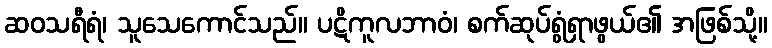
ဆဝသရီရံ၊ သူသေကောင်သည်။ ပဋိကူလဘာဝံ၊ စက်ဆုပ်ရွံရှာဖွယ်၏ အဖြစ်သို့။